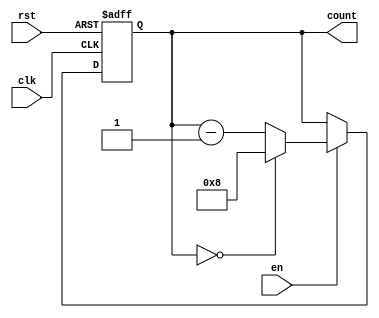
module modulo_n_down_counter (
	input wire clk,
	input wire rst,
	input wire en,
	output reg [7:0] count
);

parameter N = 8; // specify the value of N, in this case 8-bit counter

always @(posedge clk or posedge rst) begin
	if (rst) begin
		count <= N;
	end else begin
		if (en) begin
			if (count == 0) begin
				count <= N;
			end else begin
				count <= count - 1;
			end
		end
	end
end

endmodule